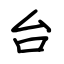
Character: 台